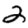
Digit: 2